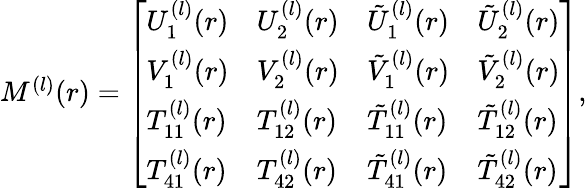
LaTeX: \begin{array}{r}{M^{(l)}(r)=\left[\begin{array}{llll}{U_{1}^{(l)}(r)}&{U_{2}^{(l)}(r)}&{\tilde{U}_{1}^{(l)}(r)}&{\tilde{U}_{2}^{(l)}(r)}\\ {V_{1}^{(l)}(r)}&{V_{2}^{(l)}(r)}&{\tilde{V}_{1}^{(l)}(r)}&{\tilde{V}_{2}^{(l)}(r)}\\ {T_{11}^{(l)}(r)}&{T_{12}^{(l)}(r)}&{\tilde{T}_{11}^{(l)}(r)}&{\tilde{T}_{12}^{(l)}(r)}\\ {T_{41}^{(l)}(r)}&{T_{42}^{(l)}(r)}&{\tilde{T}_{41}^{(l)}(r)}&{\tilde{T}_{42}^{(l)}(r)}\end{array}\right],}\end{array}